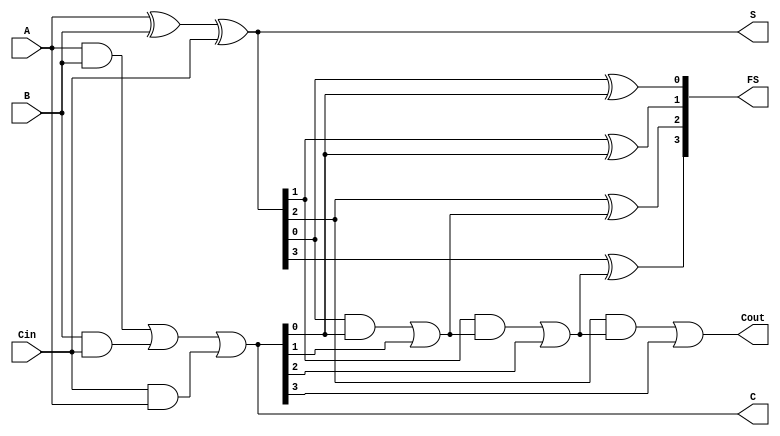
module CarrySaveAdder #(
    parameter WIDTH = 4  // Parameterized width
)(
    input  [WIDTH-1:0] A,     // First input
    input  [WIDTH-1:0] B,     // Second input
    input  [WIDTH-1:0] Cin,    // Carry input
    output [WIDTH-1:0] S,      // Sum output
    output [WIDTH-1:0] C,      // Carry output
    output [WIDTH-1:0] FS,     // Final Sum output
    output Cout                 // Final Carry out
);

    wire [WIDTH-1:0] carry_out; // Intermediate carry outputs
    wire [WIDTH-1:0] final_sum; // Sum after carry propagation

    // Partial Sum and Carry Generation
    assign S = A ^ B ^ Cin; // Sum
    assign C = (A & B) | (B & Cin) | (Cin & A); // Carry

    // Carry Propagation Stage using a Ripple Carry Adder
    // To implement carry propagation, we need to use the generated carries
    // We will iterate through each bit position

    genvar i;
    generate
        for (i = 0; i < WIDTH; i = i + 1) begin : carry_propagation
            if (i == 0) begin
                assign carry_out[i] = C[i]; // First carry out is just from C
                assign final_sum[i] = S[i] ^ carry_out[i]; // Final sum for LSB
            end else begin
                assign carry_out[i] = (S[i-1] & carry_out[i-1]) | C[i]; // Carry propagation
                assign final_sum[i] = S[i] ^ carry_out[i-1]; // Final sum calculation
            end
        end
    endgenerate
    
    // Final output assignment
    assign FS = final_sum; // Final Sum
    assign Cout = carry_out[WIDTH-1]; // Final Carry out

endmodule